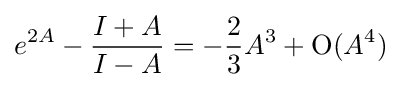
e^{2A}-{\frac {I+A}{I-A}}=-{\frac {2}{3}}A^{3}+\mathrm {O} (A^{4})~